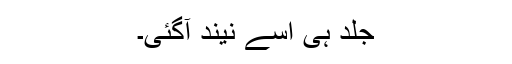
جلد ہی اسے نیند آگئی۔